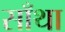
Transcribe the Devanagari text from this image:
साँथा